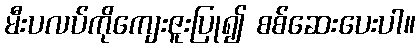
မီးပလပ်ကိုကျေးဇူးပြု၍ စစ်ဆေးပေးပါ။